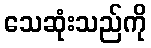
သေဆုံးသည်ကို